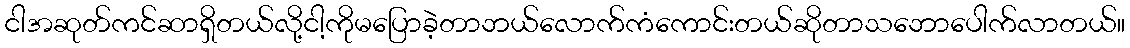
ငါအဆုတ်ကင်ဆာရှိတယ်လို့ငါ့ကိုမပြောခဲ့တာဘယ်လောက်ကံကောင်းတယ်ဆိုတာသဘောပေါက်လာတယ်။